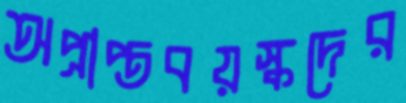
অপ্রাপ্তবয়স্কদের